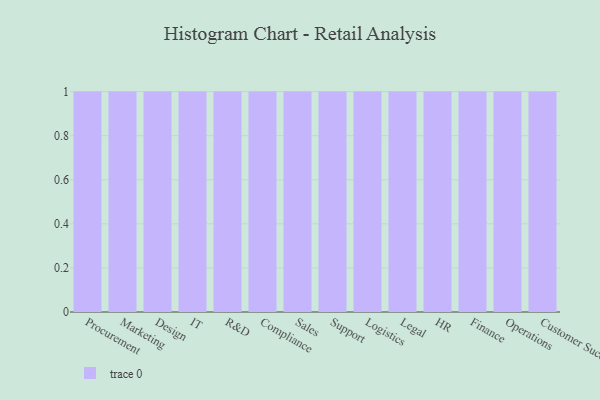
{"axis": {"x": "Department", "y": "Tickets Resolved"}, "legend": [""], "data": [{"x": "Procurement", "y": 67, "type": ""}, {"x": "Marketing", "y": 59, "type": ""}, {"x": "Design", "y": 95, "type": ""}, {"x": "IT", "y": 32, "type": ""}, {"x": "R&D", "y": 85, "type": ""}, {"x": "Compliance", "y": 89, "type": ""}, {"x": "Sales", "y": 50, "type": ""}, {"x": "Support", "y": 44, "type": ""}, {"x": "Logistics", "y": 5, "type": ""}, {"x": "Legal", "y": 21, "type": ""}, {"x": "HR", "y": 81, "type": ""}, {"x": "Finance", "y": 13, "type": ""}, {"x": "Operations", "y": 16, "type": ""}, {"x": "Customer Success", "y": 20, "type": ""}]}